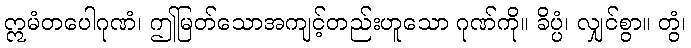
ဣမံတပေါဂုဏံ၊ ဤမြတ်သောအကျင့်တည်းဟူသော ဂုဏ်ကို။ ခိပ္ပံ၊ လျှင်စွာ။ တွံ၊